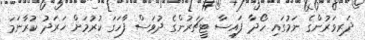
ދަރިވަރުންގެ ނަމުގައި ހޯދާ ފައިސާ ޓީޗަރުންގެ ދުވަސް ފާހަގަ ކުރުމަށް ޚަރަދު ކުރާނަމަ